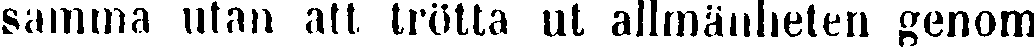
samma utan att trötta ut allmänheten genom